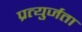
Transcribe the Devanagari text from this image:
प्रत्युर्जता